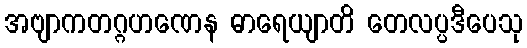
အဗျာကတဂ္ဂဟဏေန ဓာရေယျာတိ တေလပ္ပဒီပေသု